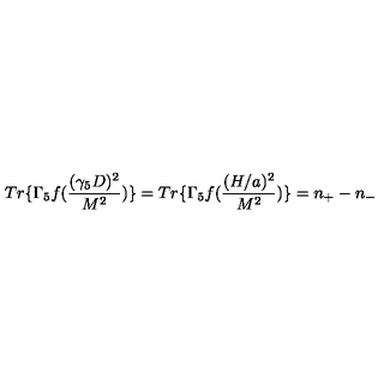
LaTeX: T r \{ \Gamma _ { 5 } f ( \frac { ( \gamma _ { 5 } D ) ^ { 2 } } { M ^ { 2 } } ) \} = T r \{ \Gamma _ { 5 } f ( \frac { ( H / a ) ^ { 2 } } { M ^ { 2 } } ) \} = n _ { + } - n _ { - }